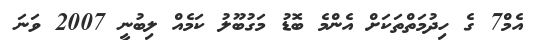
އެމް7 ގެ ހިދުމަތްތަކަށް އެންމެ ބޮޑު މަގުބޫލު ކަމެއް ލިބުނީ 2007 ވަނަ